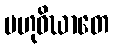
ဗဟုဝိဃာတေ